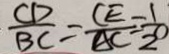
\frac { C D } { B C } = \frac { C E } { A C } = \frac { 1 } { 2 0 }